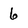
Character: 6